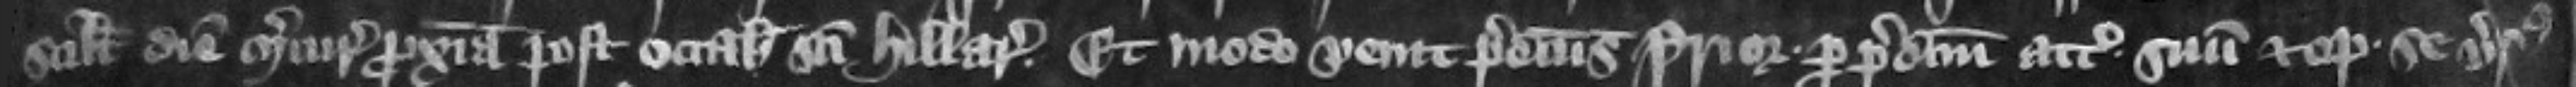
scilicet diem Mercurii proximam post octabas Sancti Hillarii. Et modo venit predictus prior per predictum attornatum suum et optulit se versus